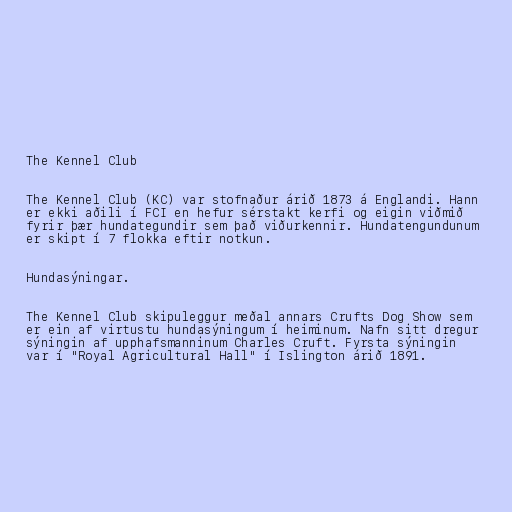
The Kennel Club

The Kennel Club (KC) var stofnaður árið 1873 á Englandi. Hann
er ekki aðili í FCI en hefur sérstakt kerfi og eigin viðmið
fyrir þær hundategundir sem það viðurkennir. Hundatengundunum
er skipt í 7 flokka eftir notkun.

Hundasýningar.

The Kennel Club skipuleggur meðal annars Crufts Dog Show sem
er ein af virtustu hundasýningum í heiminum. Nafn sitt dregur
sýningin af upphafsmanninum Charles Cruft. Fyrsta sýningin
var í "Royal Agricultural Hall" í Islington árið 1891.